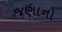
જણાનો